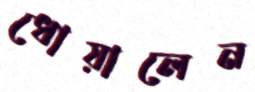
ধোয়ালেন